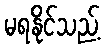
မရနိုင်သည့်